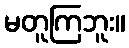
မတူကြဘူး။